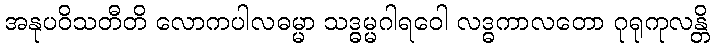
အနုပဝိသတီတိ လောကပါလဓမ္မာ သဒ္ဓမ္မဂါရဝေါ လဒ္ဓကာလတော ဂုရုကုလန္တိ